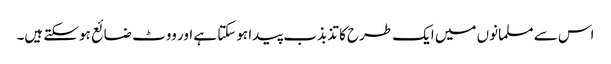
اس سے مسلمانوں میں ایک طرح کا تذبذب پیدا ہوسکتا ہے اور ووٹ ضائع ہوسکتے ہیں۔